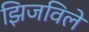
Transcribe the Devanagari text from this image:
झिजविले